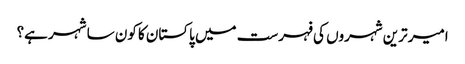
امیر ترین شہروں کی فہرست میں پاکستان کا کون سا شہر ہے؟